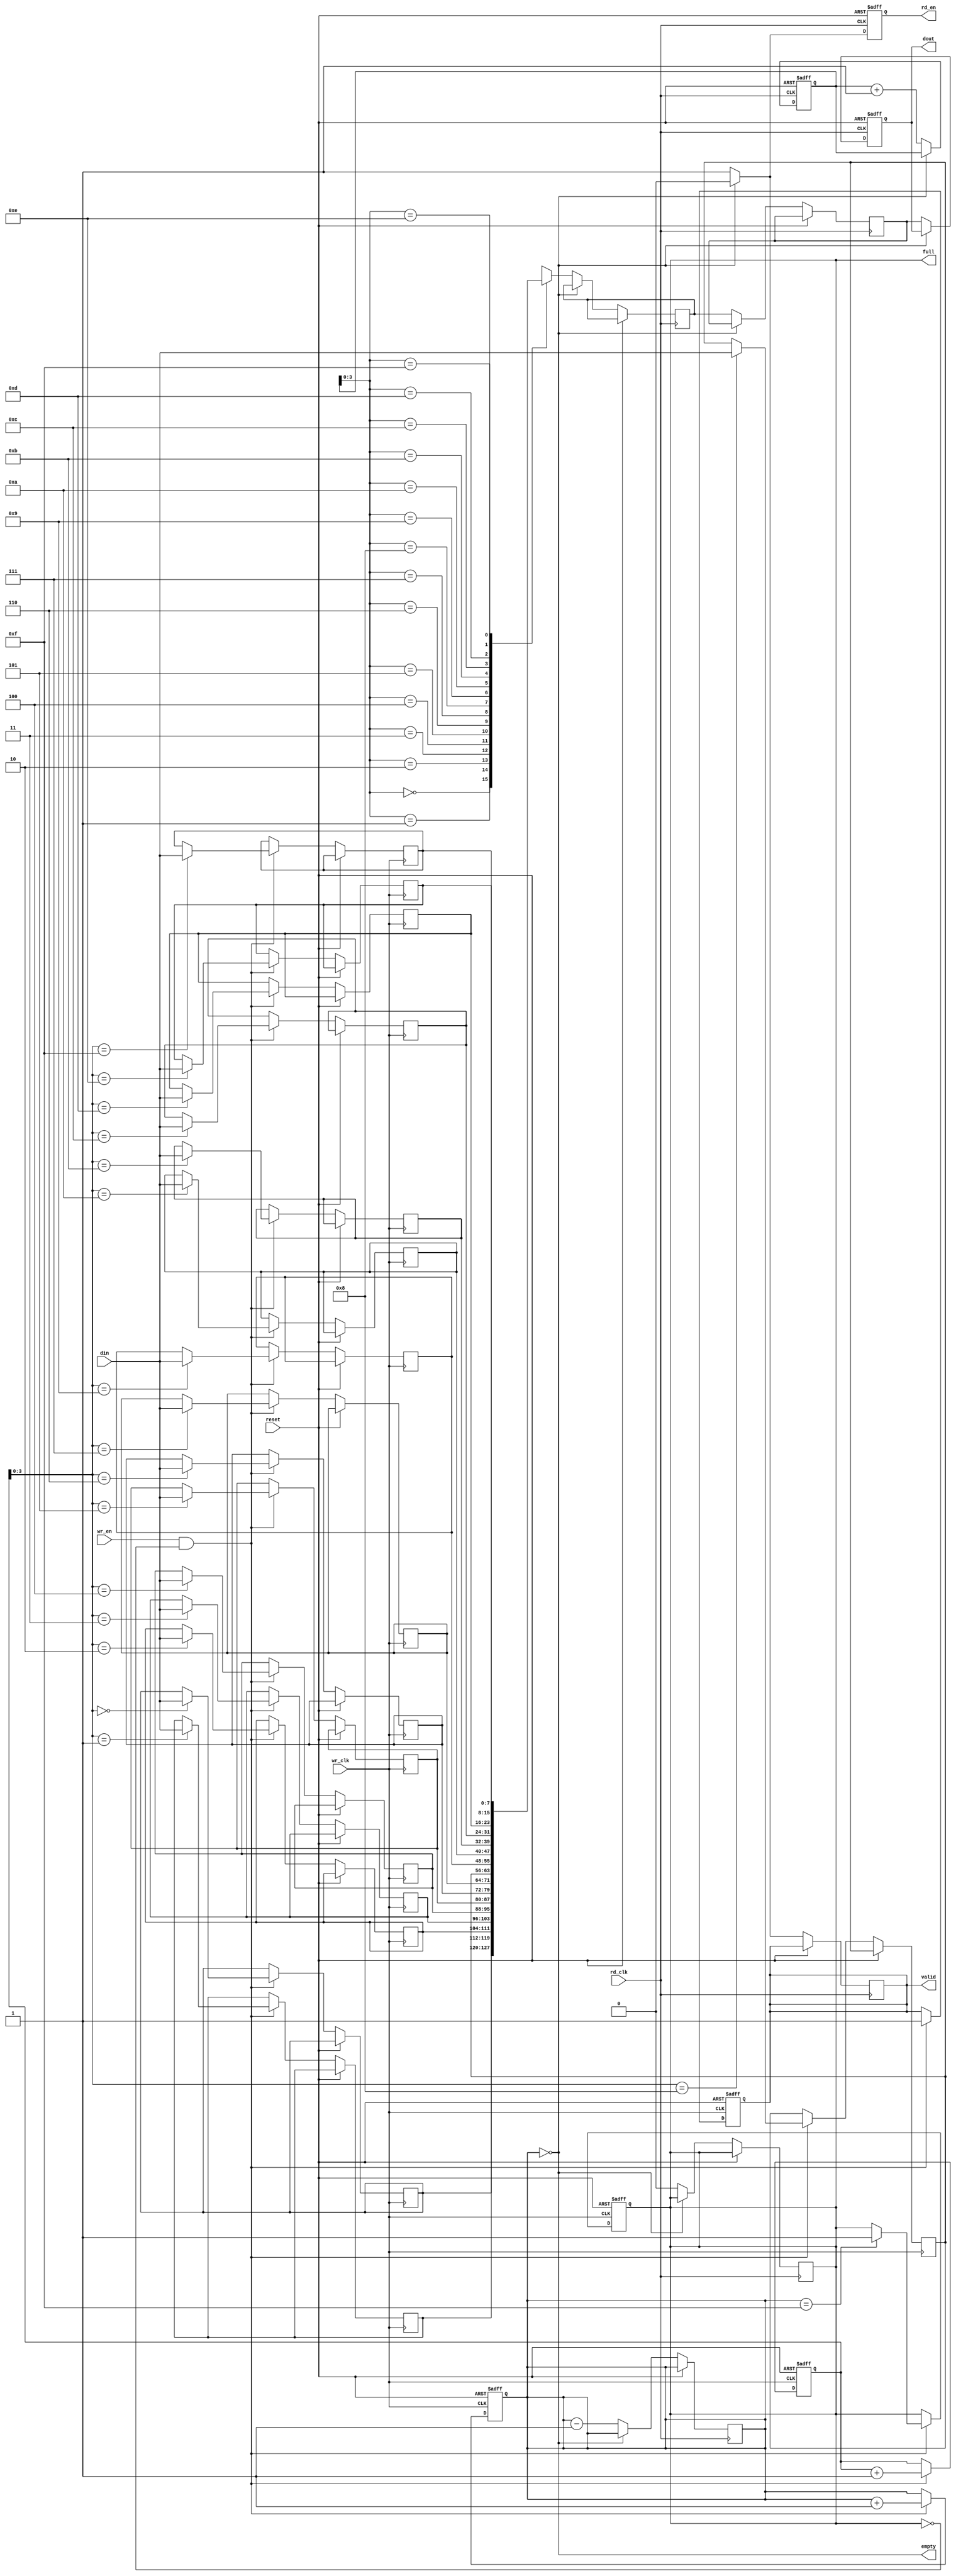
module burst_mode_synchronizer #(
    parameter DATA_WIDTH = 8,       // Width of the data bus
    parameter FIFO_DEPTH = 16       // Depth of the FIFO
)(
    input wire wr_clk,               // Write clock
    input wire rd_clk,               // Read clock
    input wire [DATA_WIDTH-1:0] din, // Data input from source clock domain
    input wire wr_en,                // Write enable
    output reg full,                 // FIFO full signal
    output reg empty,                // FIFO empty signal
    output reg [DATA_WIDTH-1:0] dout, // Data output to destination clock domain
    output reg rd_en,                // Read enable for destination clock domain
    output reg valid,                // Data valid signal
    input wire reset                 // Reset signal
);

    // FIFO Buffer
    reg [DATA_WIDTH-1:0] fifo [0:FIFO_DEPTH-1];
    reg [4:0] wr_pointer, rd_pointer; // FIFO Write and Read pointers
    reg [4:0] fifo_count;             // FIFO element count

    // Synchronization flip-flops for Input Data
    reg [DATA_WIDTH-1:0] sync_din_1, sync_din_2;

    // Control Logic
    always @(posedge wr_clk or posedge reset) begin
        if (reset) begin
            wr_pointer <= 0;
            fifo_count <= 0;
            full <= 0;
            valid <= 0;
        end else if (wr_en && !full) begin
            fifo[wr_pointer] <= din;
            wr_pointer <= wr_pointer + 1;
            fifo_count <= fifo_count + 1;
            if (fifo_count == FIFO_DEPTH-1) full <= 1;
            valid <= 1;
        end
    end

    assign empty = (fifo_count == 0);

    // Handshaking & Synchronization from wr_clk to rd_clk
    always @(posedge rd_clk or posedge reset) begin
        if (reset) begin
            rd_pointer <= 0;
            dout <= 0;
            rd_en <= 0;
        end else if (!empty) begin
            // Synchronize the validity of the data
            sync_din_1 <= fifo[rd_pointer];
            sync_din_2 <= sync_din_1;

            dout <= sync_din_2; // Output synchronized data
            rd_en <= 1;         // Data is ready to be read
            valid <= 1;

            rd_pointer <= rd_pointer + 1;
            fifo_count <= fifo_count - 1;
            full <= 0; // Reset full since we read data
        end else begin
            rd_en <= 0;     // No data to read
            valid <= 0;     // No valid data
        end
    end

endmodule